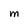
Character: M